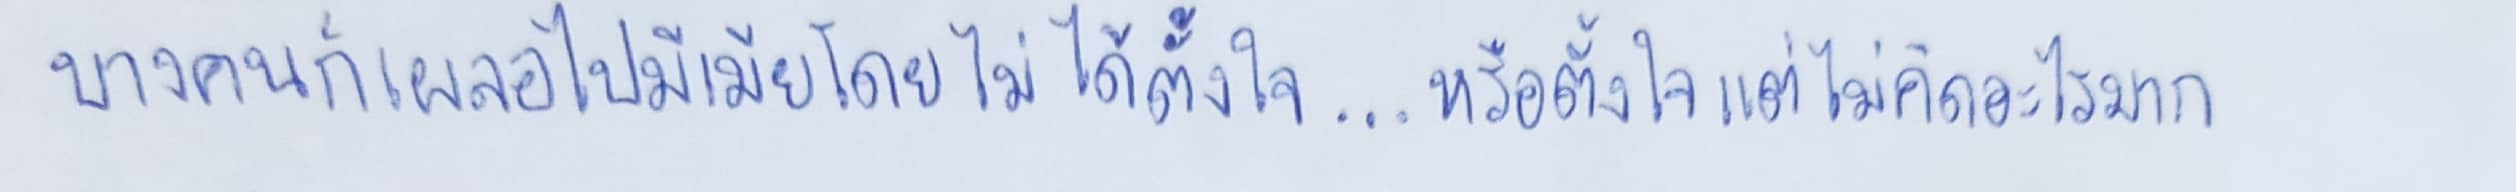
บางคนก็เผลอไปมีเมียโดยไม่ได้ตั้งใจ...หรือตั้งใจแต่ไม่คิดอะไรมาก